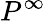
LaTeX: P^{\infty}